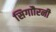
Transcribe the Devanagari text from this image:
सिगाौरनी